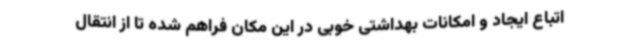
اتباع ایجاد و امکانات بهداشتی خوبی در این مکان فراهم شده تا از انتقال